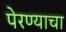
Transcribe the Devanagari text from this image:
पेरण्याचा